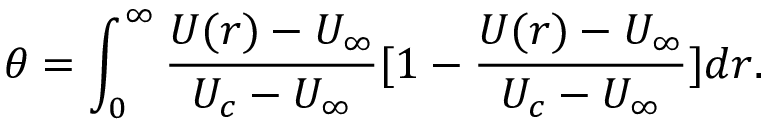
\theta = \int _ { 0 } ^ { \infty } \frac { U ( r ) - U _ { \infty } } { U _ { c } - U _ { \infty } } [ 1 - \frac { U ( r ) - U _ { \infty } } { U _ { c } - U _ { \infty } } ] d r .